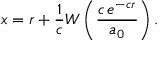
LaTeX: x = r + { \frac { 1 } { c } } W \left( { \frac { c \, e ^ { - c r } } { a _ { 0 } } } \right) .